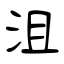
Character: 沮